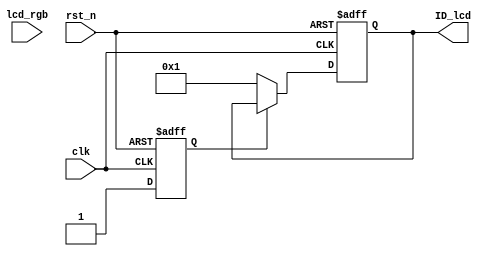
//****************************************Copyright (c)***********************************//
//www.openedv.com
//http://openedv.taobao.com 
//""FPGA & STM32
//
//Copyright(C)  2018-2028
//All rights reserved	                               
//----------------------------------------------------------------------------------------
// File name:           rd_id
// Last modified Date:  2018/11/2 11:12:36
// Last Version:        V1.1
// Descriptions:        RGB LCD ID
//----------------------------------------------------------------------------------------
// Created by:          
// Created date:        2018/11/2 10:55:56
// Version:             V1.0
// Descriptions:        The original version
//
//----------------------------------------------------------------------------------------
// Modified by:		    
// Modified date:	    2018/11/2 11:12:36
// Version:			    V1.1
// Descriptions:	    RGB LCD ID
//
//----------------------------------------------------------------------------------------
//****************************************************************************************//

module rd_id(
    input              clk    ,
    input              rst_n  ,
    input      [15:0]  lcd_rgb,   //
    
    output reg [15:0]  ID_lcd 
);

//reg define
reg   ID_rd_en;

//*****************************************************
//**                    main code
//*****************************************************

//rgbLCDID
always @(posedge clk or negedge rst_n) begin         
    if (!rst_n) begin
        ID_lcd   <= 16'd0;
        ID_rd_en <= 1'b0;
    end 
    else if(!ID_rd_en) begin 
        ID_lcd   <= {13'b0,1'b0,1'b0,1'b1};
        ID_rd_en <= 1'b1;
    end
    else 
        ID_lcd <= ID_lcd;
end 

endmodule